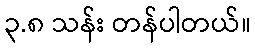
၃.၈ သန်း တန်ပါတယ်။